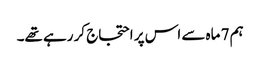
ہم 7 ماہ سے اس پر احتجاج کر رہے تھے۔